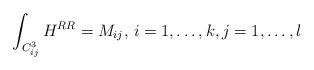
LaTeX: \begin{align*}\int_{C^3_{ij}} H^{RR} = M_{ij},\, i= 1, \ldots, k, j=1, \ldots, l\end{align*}